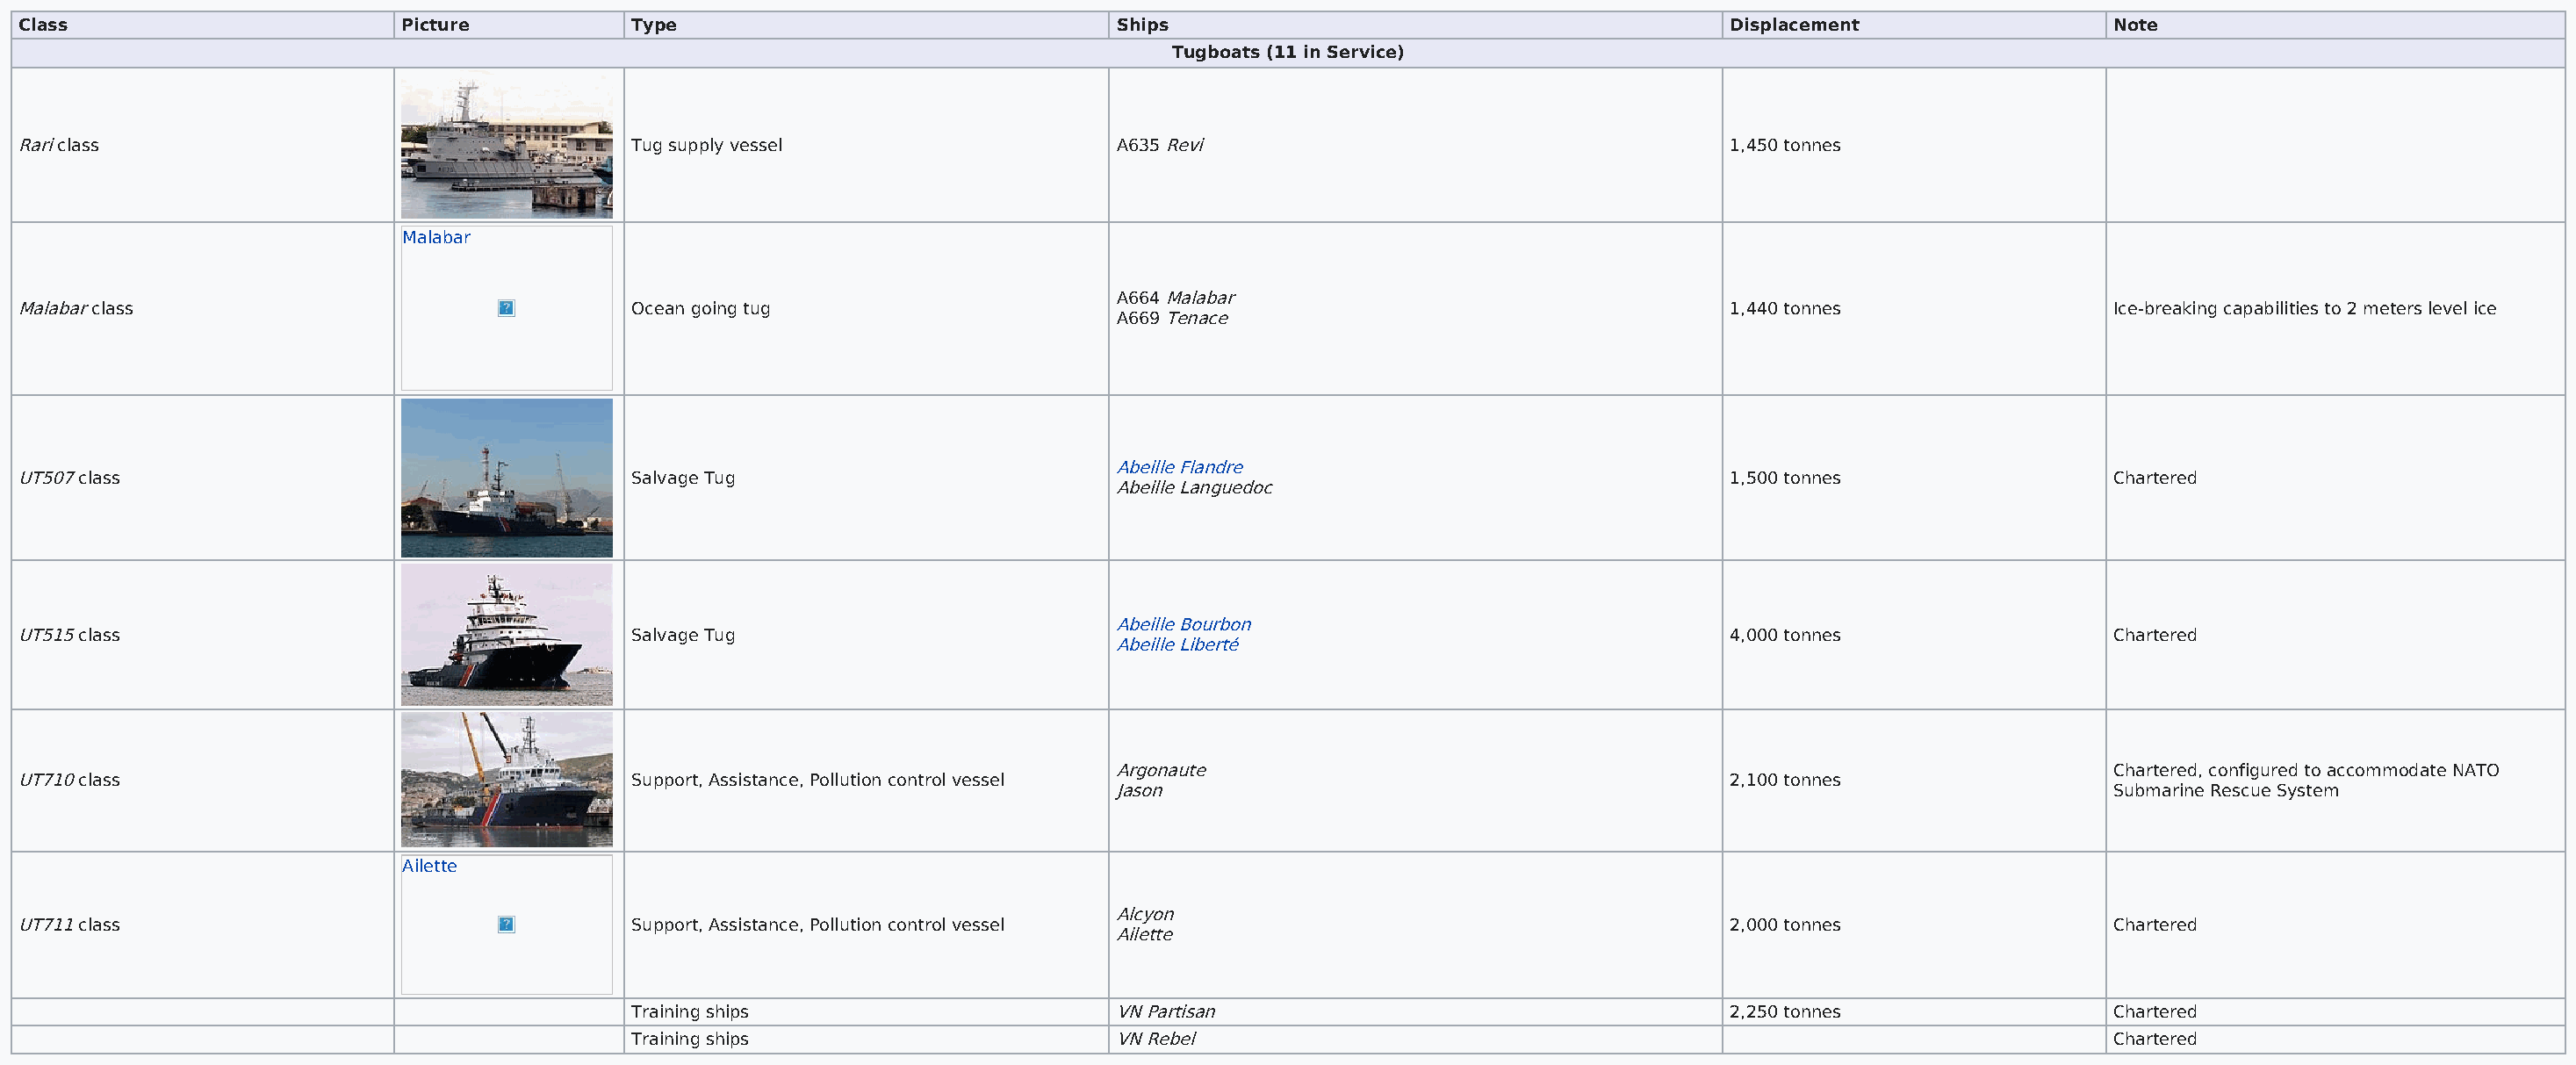
Class                        Picture           Type                                Ships                                         Displacement                 Note
 Tugboats (11 in Service)
 Rari class                                     Tug supply vessel                   A635 Revi                                     1,450 tonnes
 Malabar
 A664 Malabar
 Malabar class                                  Ocean going tug                                                                   1,440 tonnes                 Ice-breaking capabilities to 2 meters level ice
 A669 Tenace
 Abeille Flandre
 UT507 class                                    Salvage Tug                                                                       1,500 tonnes                 Chartered
 Abeille Languedoc
 Abeille Bourbon
 UT515 class                                    Salvage Tug                                                                       4,000 tonnes                 Chartered
 Abeille Liberté
 Argonaute                                                                  Chartered, configured to accommodate NATO
 UT710 class                                    Support, Assistance, Pollution control vessel                                     2,100 tonnes
 Jason                                                                      Submarine Rescue System
 Ailette
 Alcyon
 UT711 class                                    Support, Assistance, Pollution control vessel                                     2,000 tonnes                 Chartered
 Ailette
 Training ships                      VN Partisan                                   2,250 tonnes                 Chartered
 Training ships                      VN Rebel                                                                   Chartered